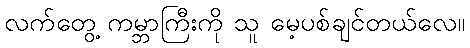
လက်တွေ့ ကမ္ဘာကြီးကို သူ မေ့ပစ်ချင်တယ်လေ။